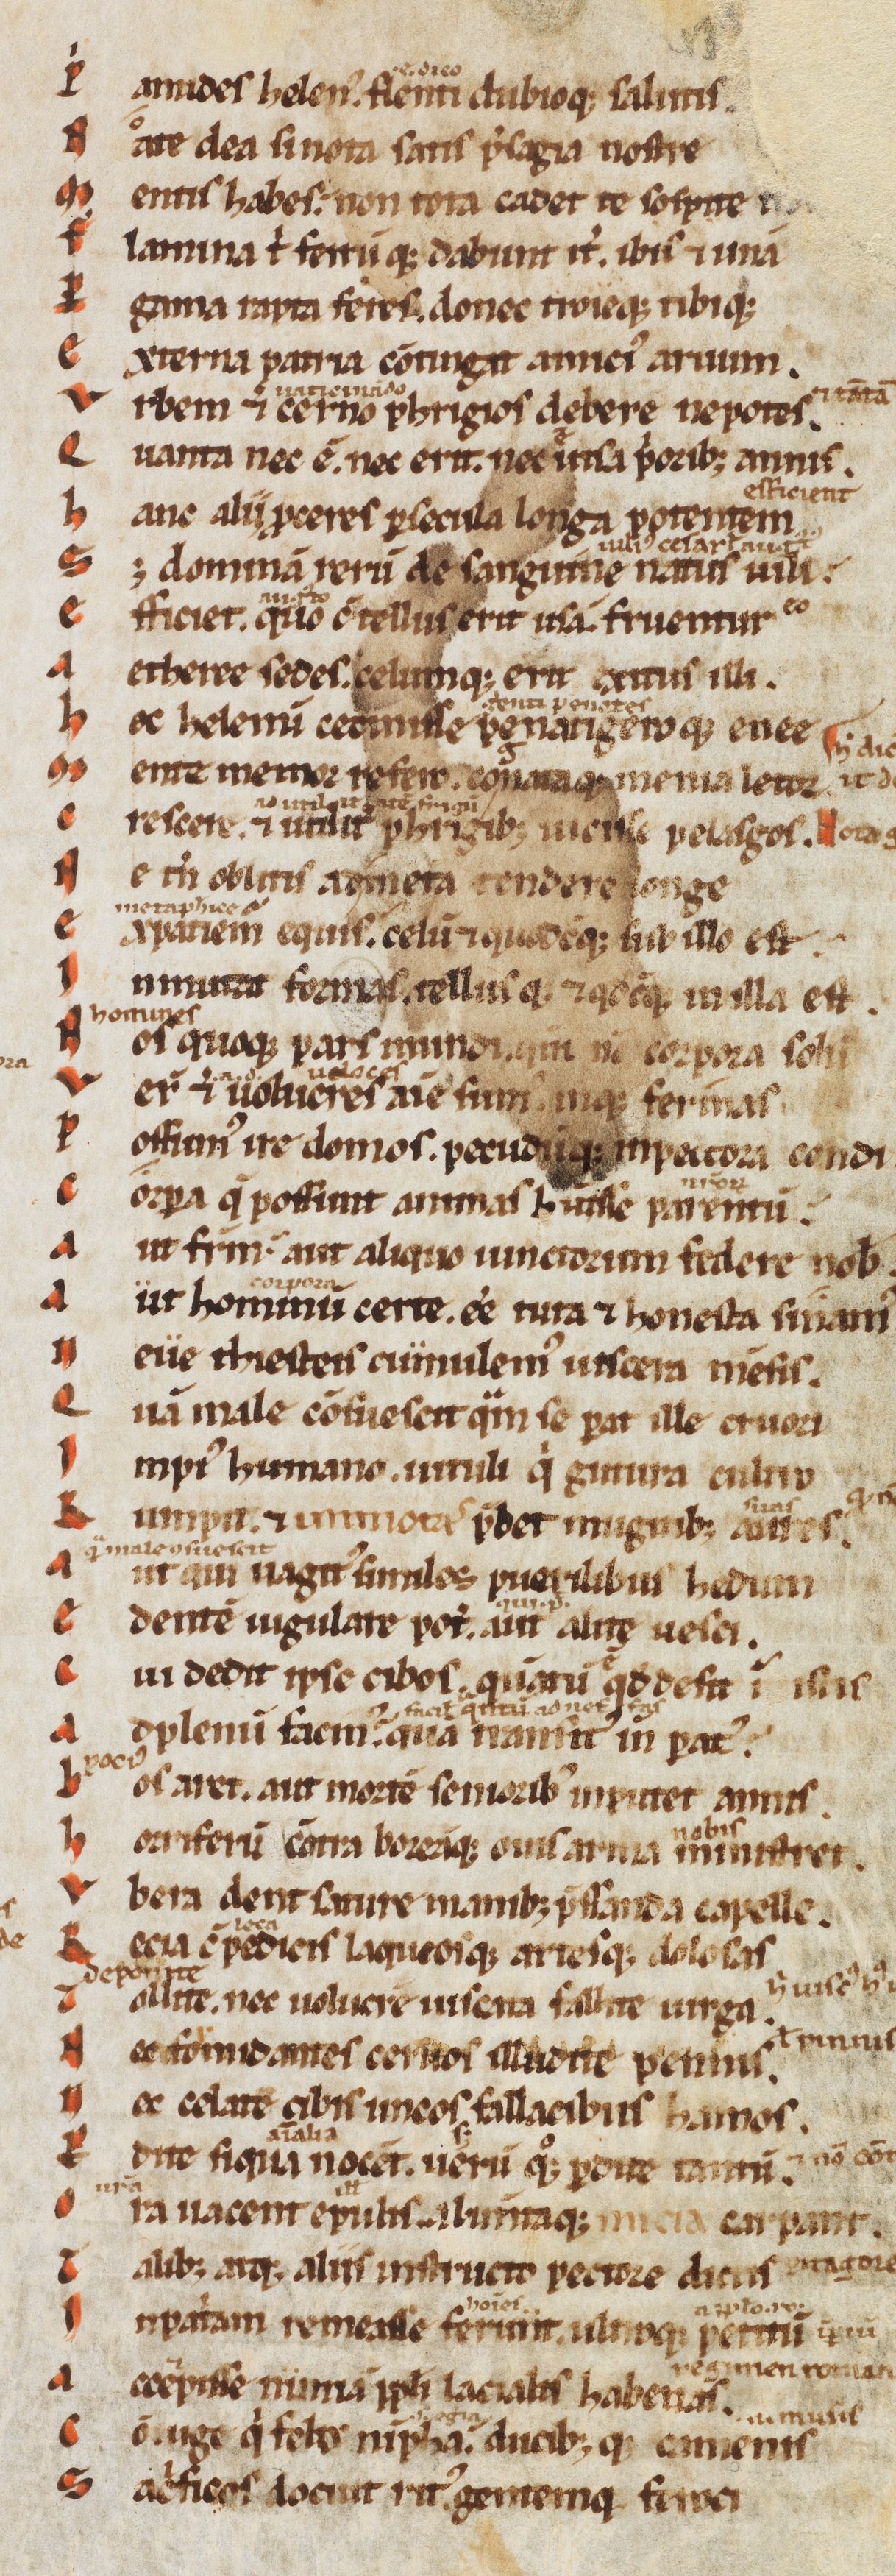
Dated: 1170–1199